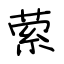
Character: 萦